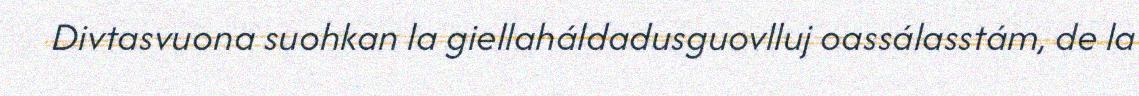
Divtasvuona suohkan la giellaháldadusguovlluj oassálasstám, de la